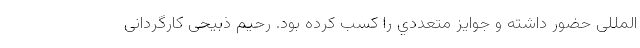
المللی حضور داشته و جوايز متعددي را كسب كرده بود. رحیم ذبیحی کارگردانی